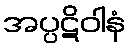
အပ္ပဋိဝါနံ